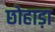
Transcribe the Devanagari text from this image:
छोहाड़ा